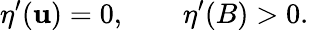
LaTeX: \eta^{\prime}(\mathbf{u})=0,\qquad\eta^{\prime}(B)>0.